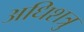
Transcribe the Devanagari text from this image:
अधिशत्रु